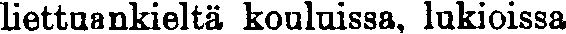
liettuankieltä kouluissa, lukioissa